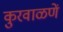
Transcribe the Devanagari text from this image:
कुरवाळणें